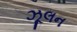
ઝૂલન